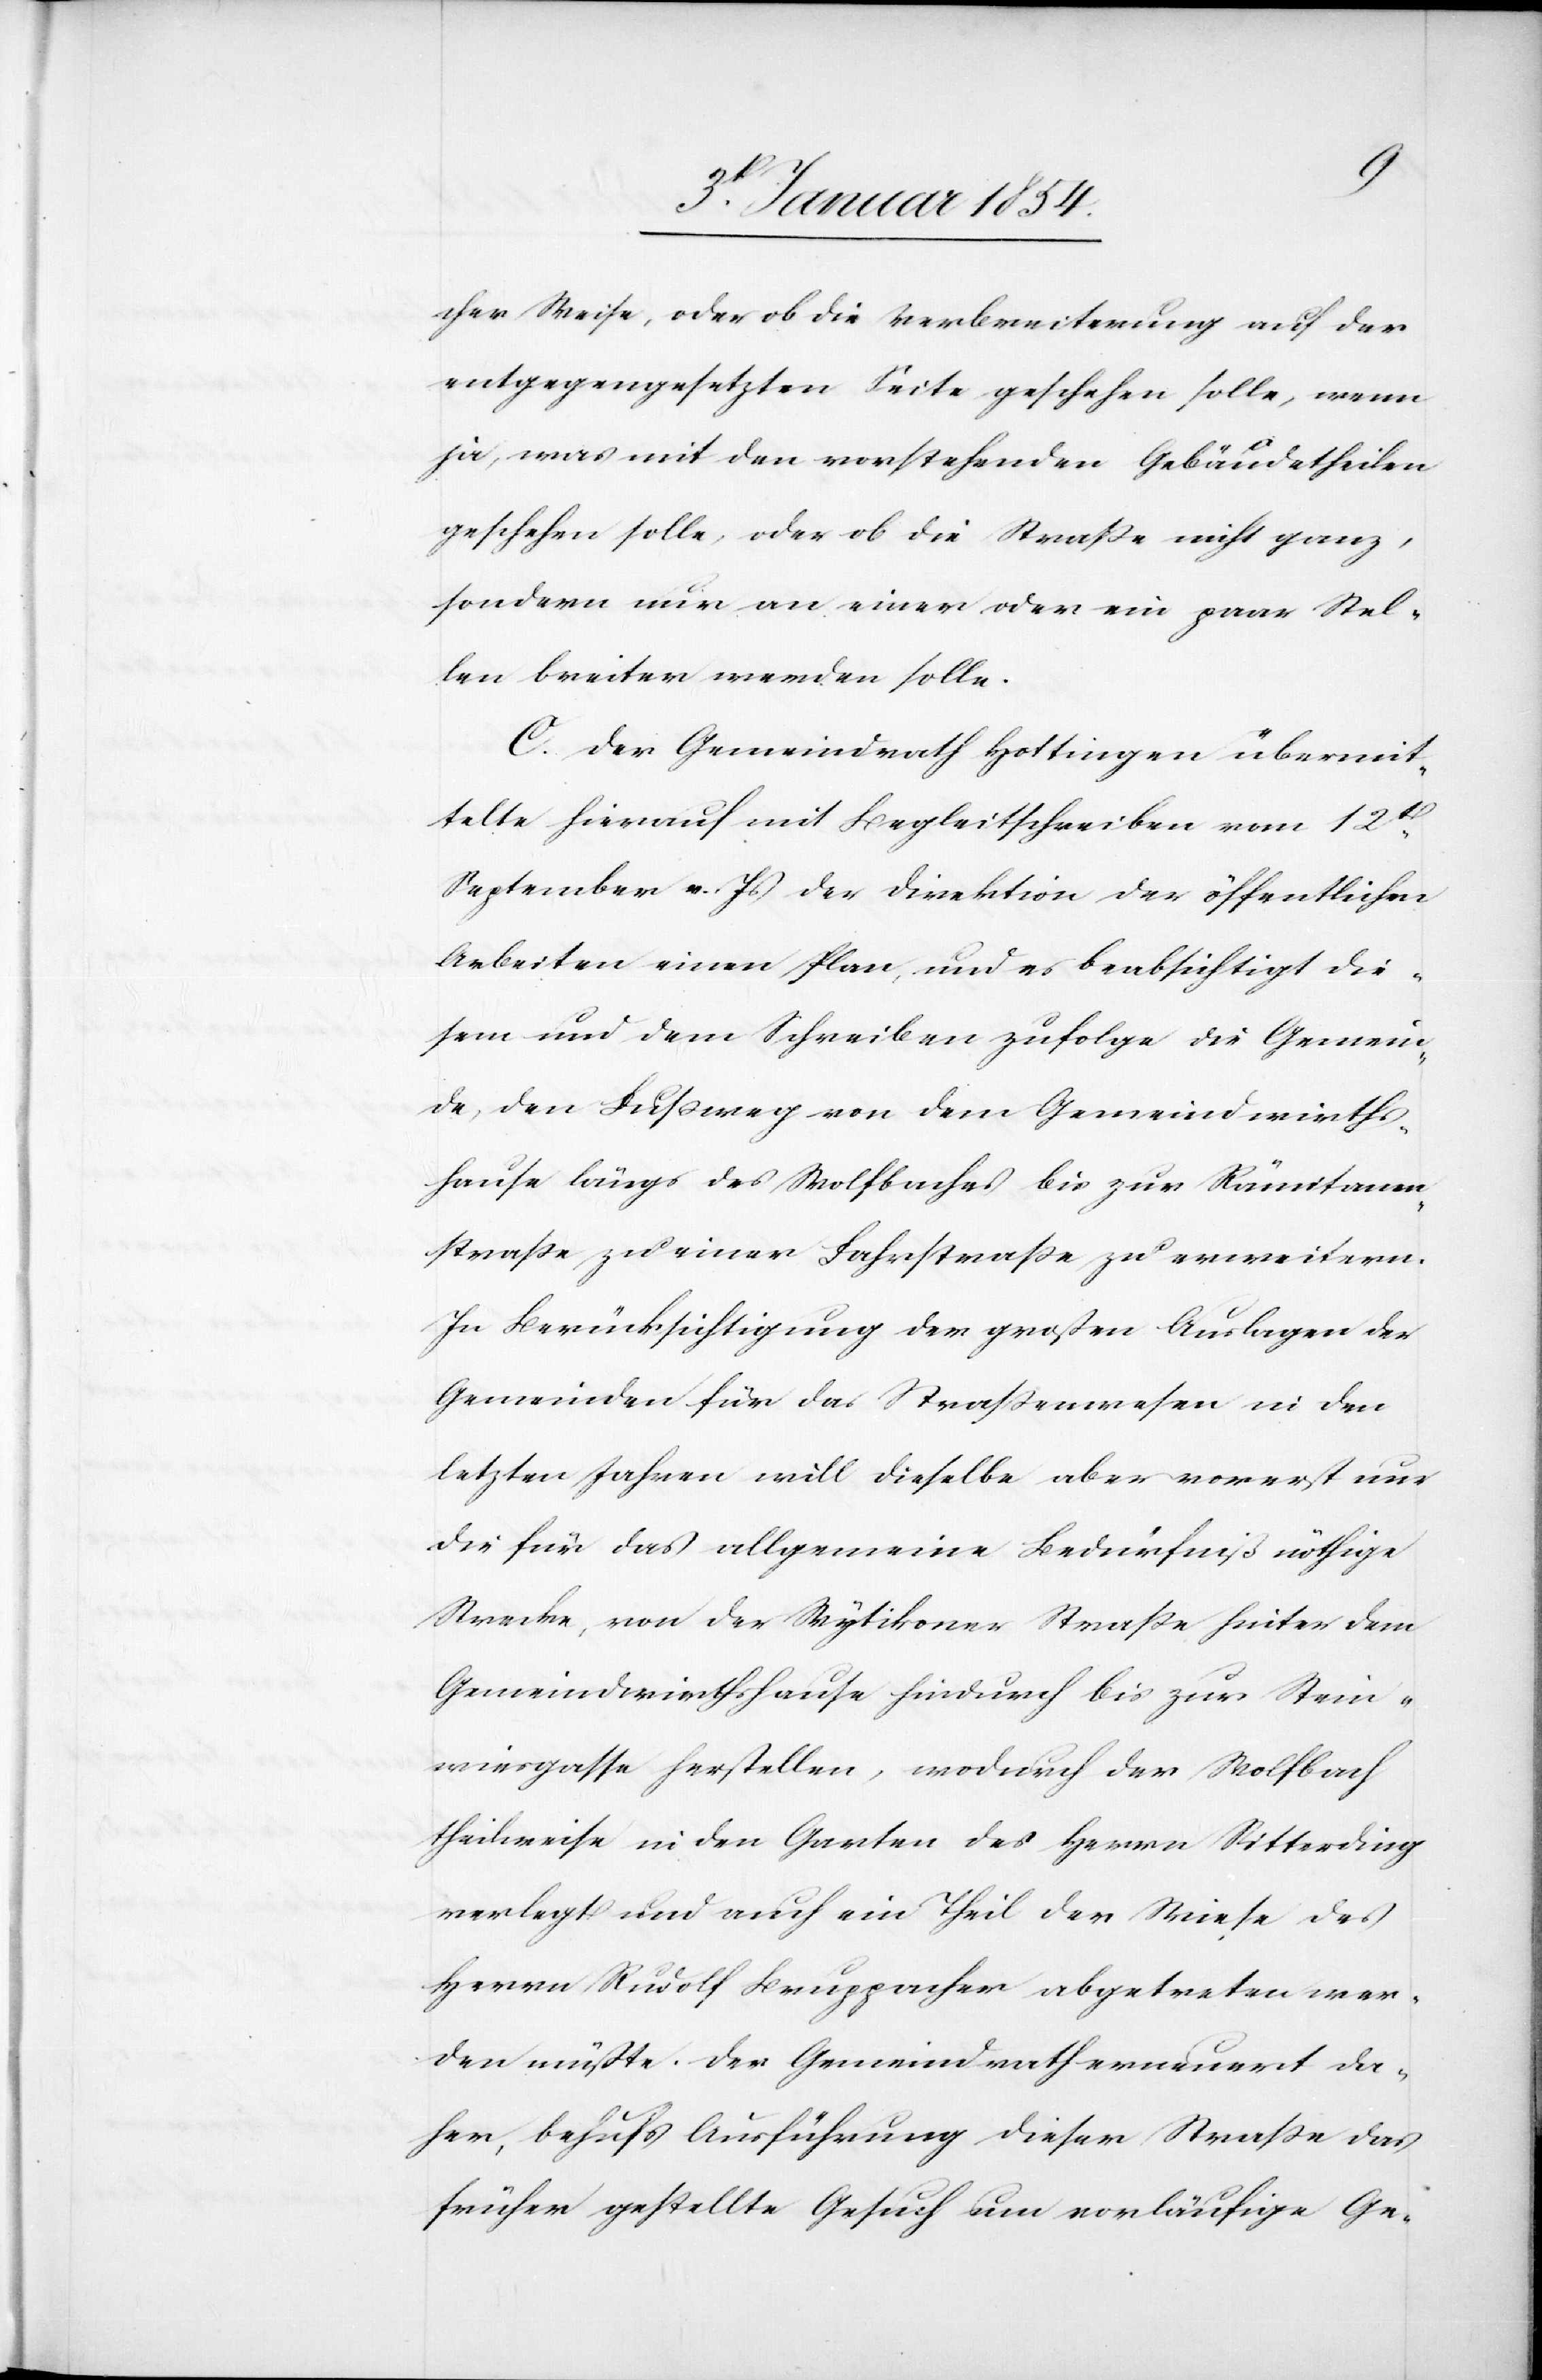
cher Weise, oder ob die Verbreiterung auf der
entgegengesetzten Seite geschehen solle, wenn
ja, was mit den vorstehenden Gebäudetheilen
geschehen solle, oder ob die Straße nicht ganz,
sondern nur an einer oder ein paar Stel¬
len breiter werden solle.
C. Der Gemeindrath Hottingen übermit¬
telte hierauf mit Begleitschreiben vom 12t.
September v. Js der Direktion der öffentlichen
Arbeiten einen Plan, und es beabsichtigt die¬
sem und dem Schreiben zufolge die Gemein¬
de, den Fußweg von dem Gemeindwirths¬
hause längs des Wolfbaches bis zur Rämitanen¬
straße zu einer Fahrstraße zu erweitern.
In Berücksichtigung der großen Auslagen der
Gemeinden für das Straßenwesen in den
letzten Jahren will dieselbe aber vorerst nur
die für das allgemeine Bedürfniß nöthige
Strecke, von der Wytikoner Straße hinter dem
Gemeindwirthshause hindurch bis zur Stein¬
wiesgasse herstellen, wordurch der Wolfbach
theilweise in den Garten des Herrn Sitterding
verlegt und auch ein Theil der Wiese des
Herrn Rudolf Bruppacher abgetreten wer¬
den müßte. Der Gemeindrath erneuert da¬
her, behufs Ausführung dieser Straße das
früher gestellte Gesuch um vorläufige Ge-